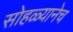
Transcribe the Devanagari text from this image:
सोहळ्यानेच